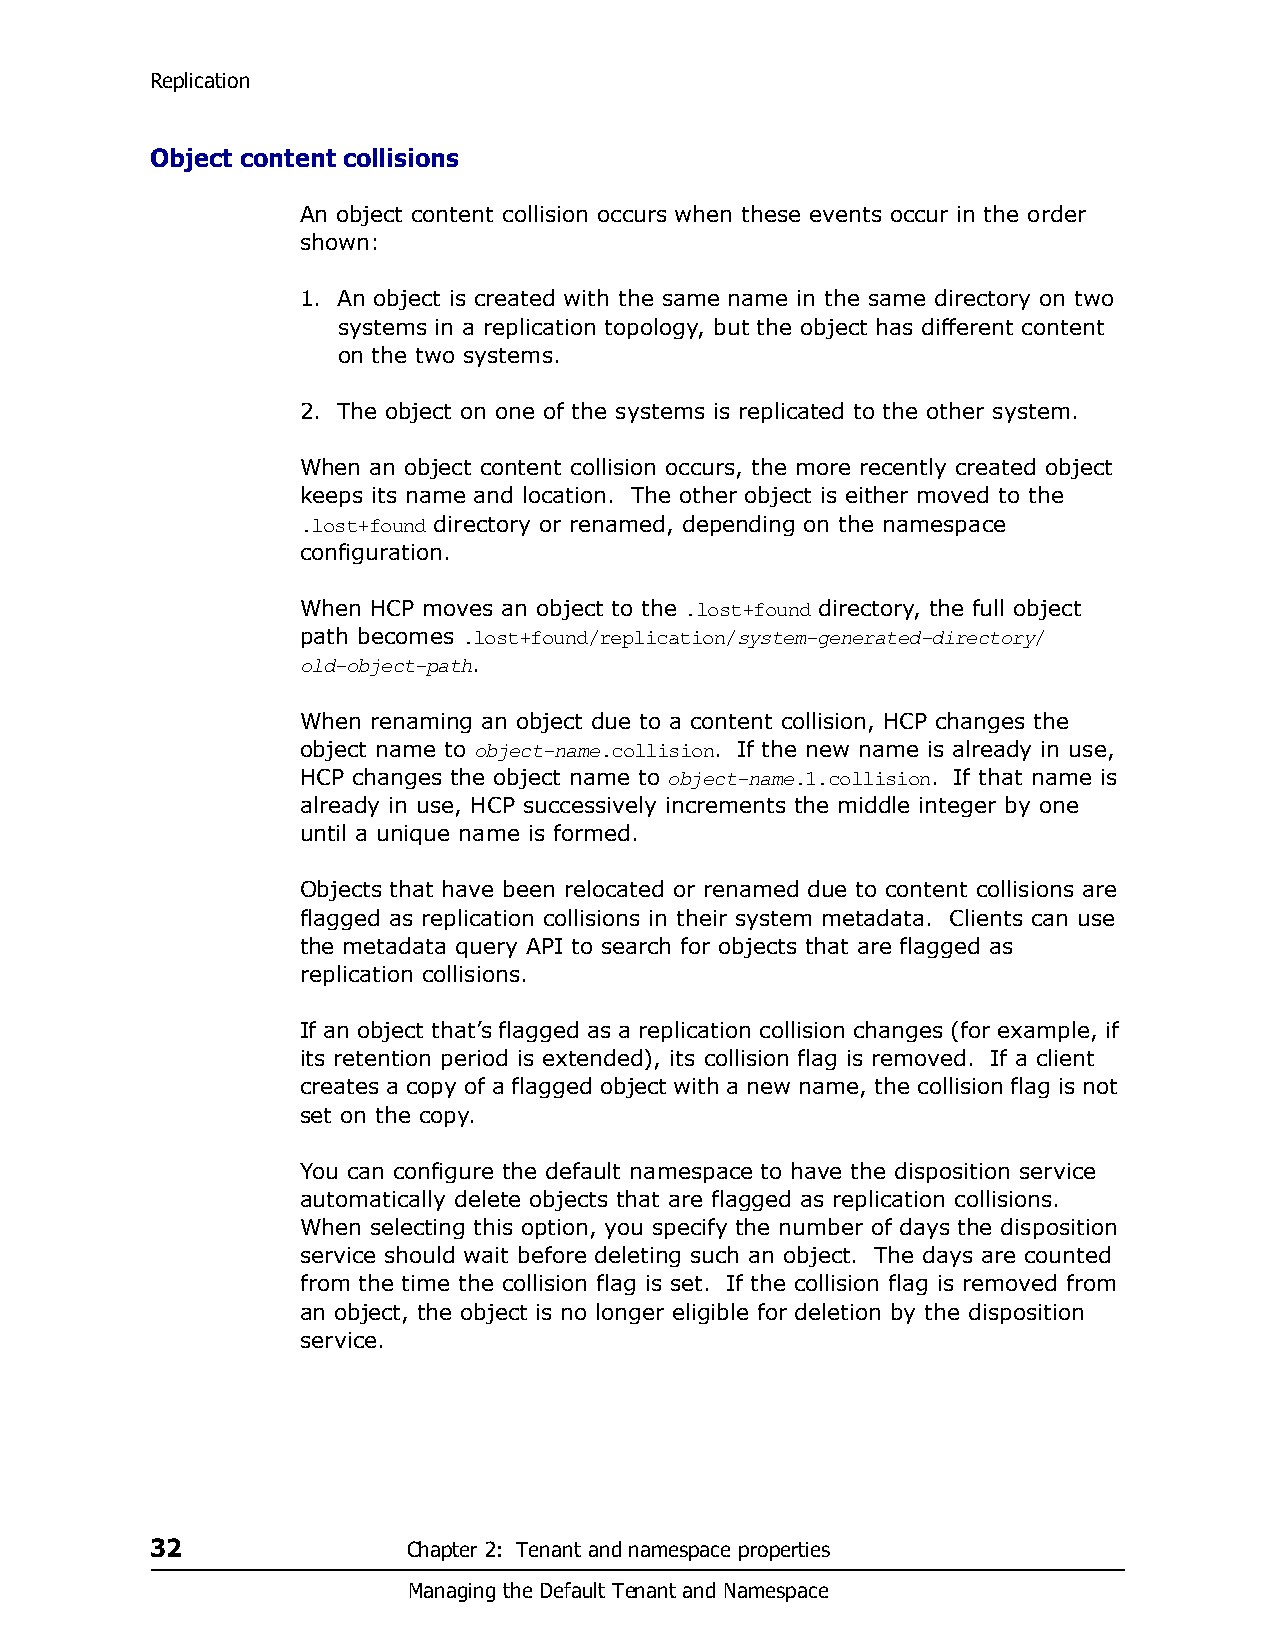
Replication
 Object content collisions
 An object content collision occurs when these events occur in the order
 shown:
 1. An object is created with the same name in the same directory on two
 systems in a replication topology, but the object has different content
 on the two systems.
 2. The object on one of the systems is replicated to the other system.
 When an object content collision occurs, the more recently created object
 keeps its name and location. The other object is either moved to the
 .lost+found directory or renamed, depending on the namespace
 configuration.
 When HCP moves an object to the .lost+found directory, the full object
 path becomes .lost+found/replication/system-generated-directory/
 old-object-path.
 When renaming an object due to a content collision, HCP changes the
 object name to object-name.collision. If the new name is already in use,
 HCP changes the object name to object-name.1.collision. If that name is
 already in use, HCP successively increments the middle integer by one
 until a unique name is formed.
 Objects that have been relocated or renamed due to content collisions are
 flagged as replication collisions in their system metadata. Clients can use
 the metadata query API to search for objects that are flagged as
 replication collisions.
 If an object that’s flagged as a replication collision changes (for example, if
 its retention period is extended), its collision flag is removed. If a client
 creates a copy of a flagged object with a new name, the collision flag is not
 set on the copy.
 You can configure the default namespace to have the disposition service
 automatically delete objects that are flagged as replication collisions.
 When selecting this option, you specify the number of days the disposition
 service should wait before deleting such an object. The days are counted
 from the time the collision flag is set. If the collision flag is removed from
 an object, the object is no longer eligible for deletion by the disposition
 service.
 32               Chapter 2: Tenant and namespace properties
 Managing the Default Tenant and Namespace